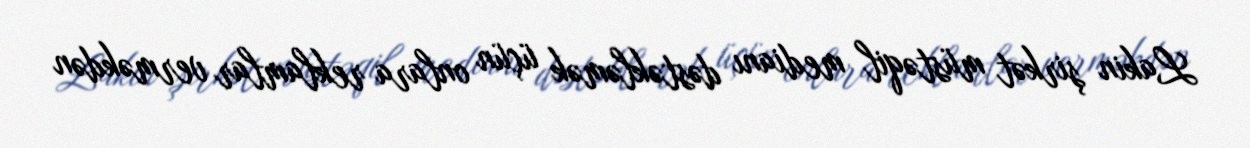
Lakin şirkət müstəqil medianı dəstəkləmək üçün onlara reklamlar verməkdən